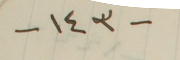
-١٤٣-